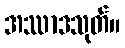
အဿာဒသုတ်။